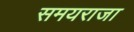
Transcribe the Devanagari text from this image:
समयराजा